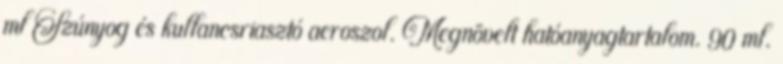
ml Szúnyog és kullancsriasztó aeroszol. Megnövelt hatóanyagtartalom. 90 ml.